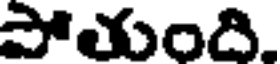
పోయంది.